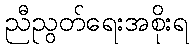
ညီညွတ်ရေးအစိုးရ